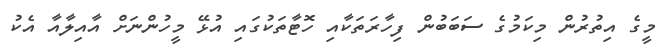
މީގެ އިތުރުން މިކަމުގެ ސަބަބުން ފިހާރަތަކާއި ހޮޓާތަކުގައި އުޅޭ މީހުންނަށް އާއިލާއާ އެކު